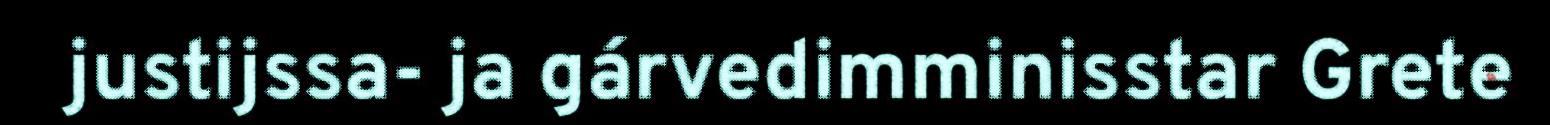
justijssa- ja gárvedimminisstar Grete